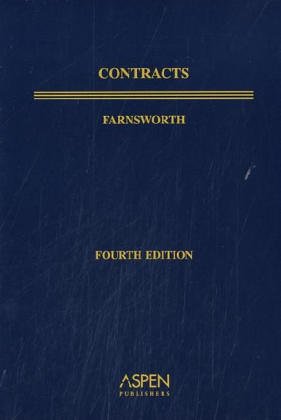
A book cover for Contracts, Fourth Edition, Textbook Treatise Series; E. Allan Farnsworth; Law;